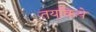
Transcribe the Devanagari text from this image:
तयकिये